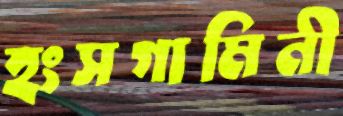
হংসগামিনী